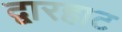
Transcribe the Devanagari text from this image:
द्वारहाट